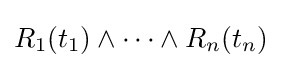
R_{1}(t_{1})\wedge \cdots \wedge R_{n}(t_{n})